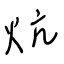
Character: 炕